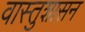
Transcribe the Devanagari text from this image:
वास्तुशासन